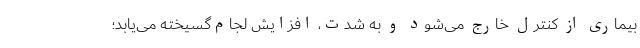
بیماری از کنترل خارج می‌شود و به شدت، افزایش لجام‌گسیخته می‌یابد؛